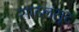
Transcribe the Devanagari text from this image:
सादलसूद